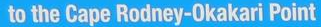
to the Cape Rodney-Okakari Point